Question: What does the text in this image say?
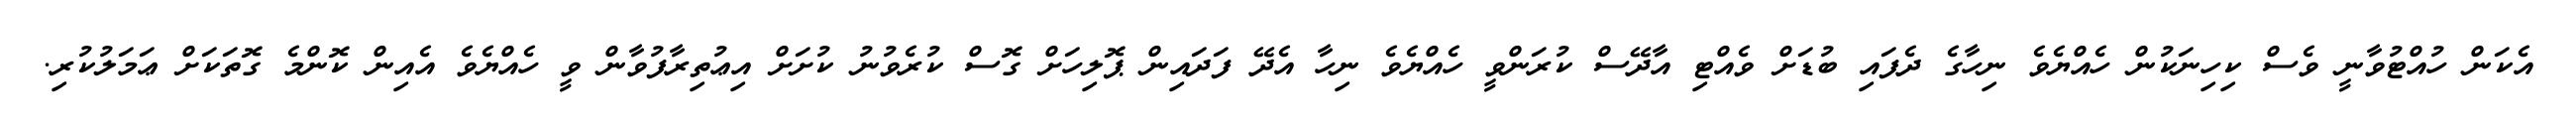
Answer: އެކަން ހުއްޓުވާނީ ވެސް ކިހިނަކުން ހެއްޔެވެ ނިހާގެ ދެފައި ބުޑަށް ވެއްޓި އާދޭސް ކުރަންވީ ހެއްޔެވެ ނިހާ އެދޭ ފަދައިން ޕޮލިހަށް ގޮސް ކުރެވުނު ކުށަށް އިޢުތިރާފުވާން ވީ ހެއްޔެވެ އެއިން ކޮންމެ ގޮތަކަށް ޢަމަލުކުރި.